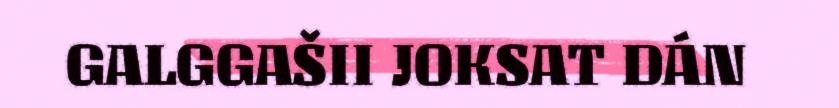
GALGGAŠII JOKSAT DÁN